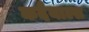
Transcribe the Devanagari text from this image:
कदैयाल्स